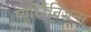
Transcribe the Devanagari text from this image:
प्यूरिटैनिजन्म